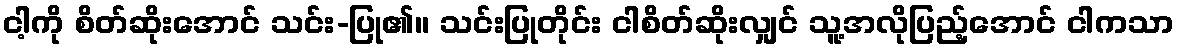
ငါ့ကို စိတ်ဆိုးအောင် သင်း-ပြု၏။ သင်းပြုတိုင်း ငါစိတ်ဆိုးလျှင် သူ့အလိုပြည့်အောင် ငါကသာ